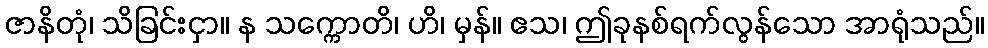
ဇာနိတုံ၊ သိခြင်းငှာ။ န သက္ကောတိ၊ ဟိ၊ မှန်။ ဧသ၊ ဤခုနစ်ရက်လွန်သော အာရုံသည်။